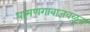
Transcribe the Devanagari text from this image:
धामणगावाजवळून